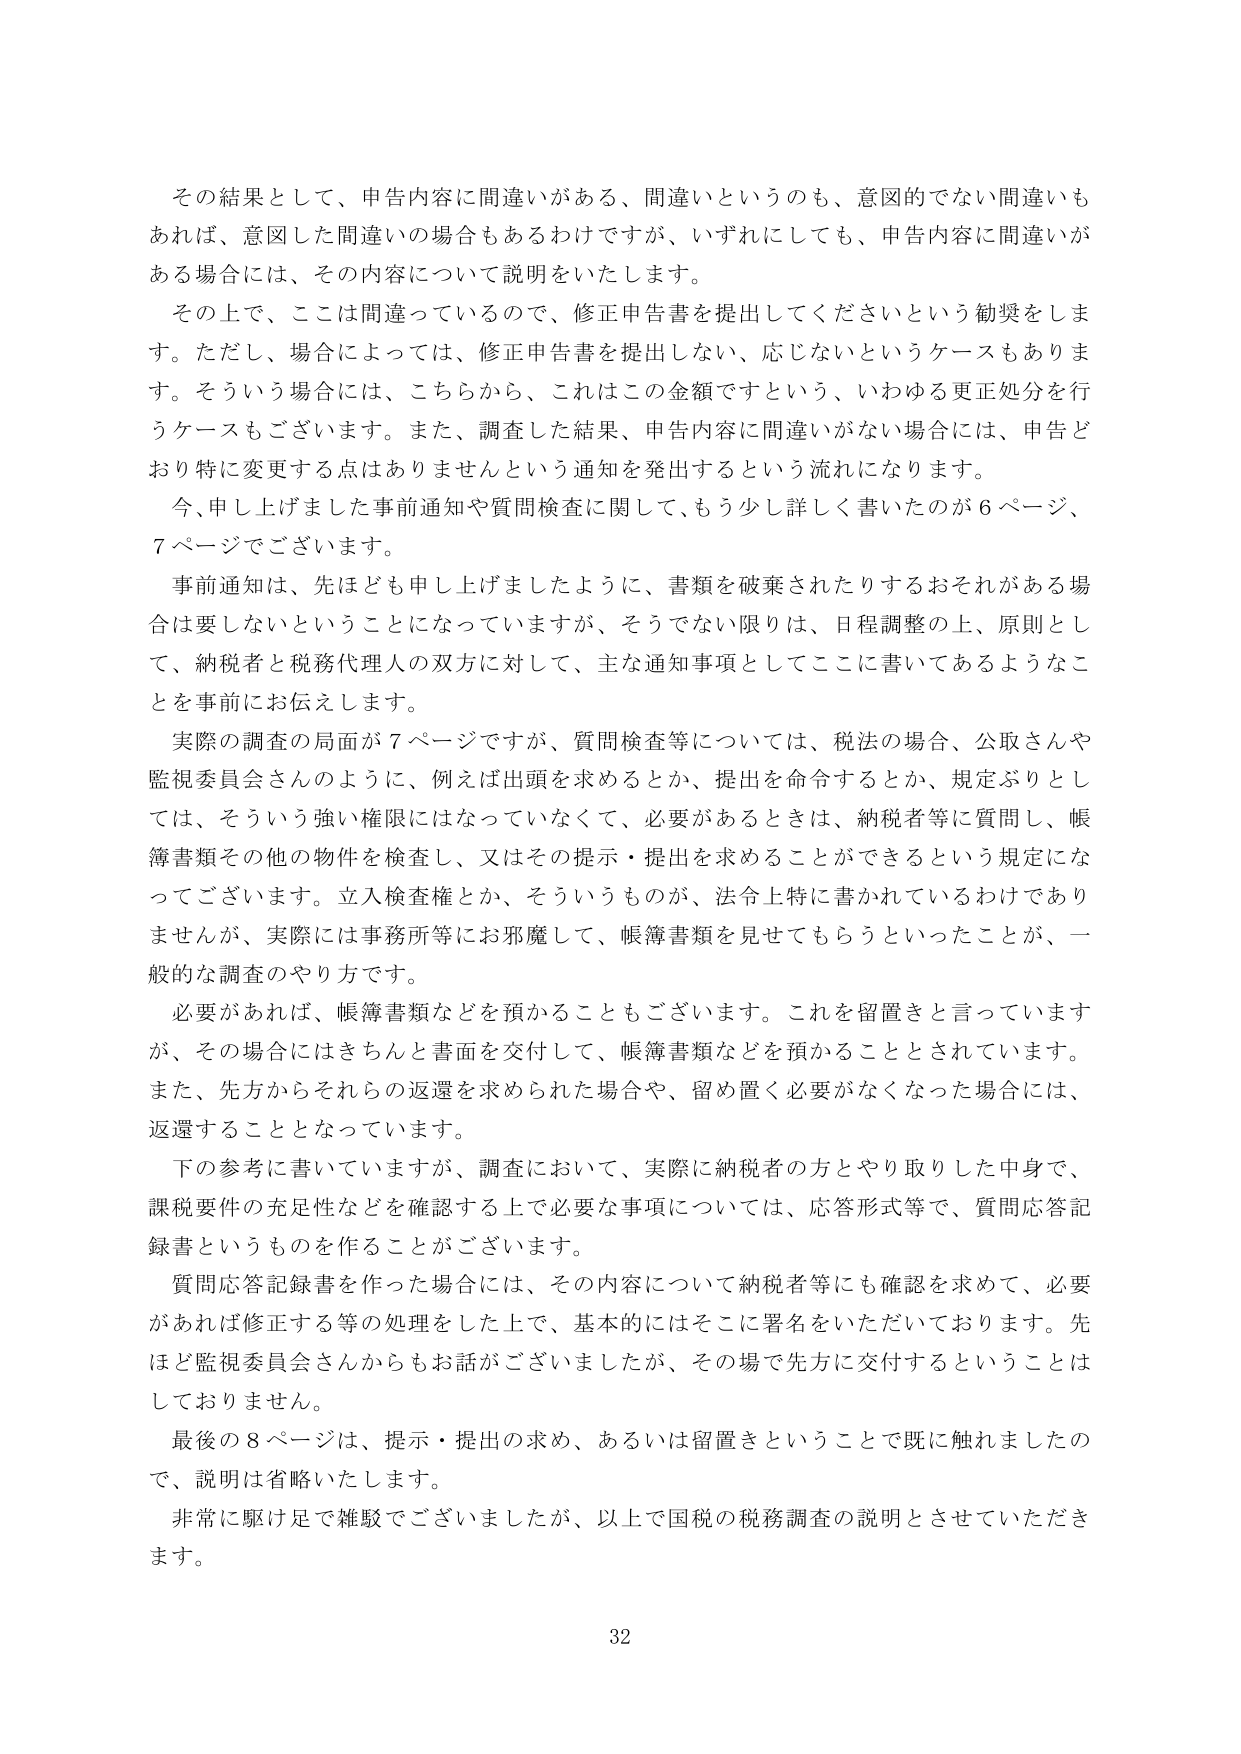
その結果として、申告内容に間違いがある、間違いというのも、意図的でない間違いもあれば、意図した間違いの場合もあるわけですが、いずれにしても、申告内容に間違いがある場合には、その内容について説明をいたします。

その上で、ここは間違っているので、修正申告書を提出してくださいという勧奨をします。ただし、場合によっては、修正申告書を提出しない、応じないというケースもあります。そういう場合には、こちらから、これはこの金額ですという、いわゆる更正処分を行うケースもございます。また、調査した結果、申告内容に間違いがない場合には、申告どおり特に変更する点はありませんという通知を発出するという流れになります。

今、申し上げました事前通知や質問検査に関して、もう少し詳しく書いたのが6ページ、7ページでございます。

事前通知は、先ほども申し上げましたように、書類を破棄されたりするおそれがある場合は要しないということになっていますが、そうでない限りは、日程調整の上、原則として、納税者と税務代理人の双方に対して、主な通知事項としてここに書いてあるようなことを事前にお伝えします。

実際の調査の局面が7ページですが、質問検査等については、税法の場合、公取さんや監視委員会さんのように、例えば出頭を求めるとか、提出を命令するとか、規定ぶりとしては、そういう強い権限にはなっていなくて、必要があるときは、納税者等に質問し、帳簿書類その他の物件を検査し、又はその提示・提出を求めることができるという規定になってございます。立入検査権とか、そういうものが、法令上特に書かれているわけではありませんが、実際には事務所等にお邪魔して、帳簿書類を見せてもらうといったことが、一般的な調査のやり方です。

必要があれば、帳簿書類などを預かることもございます。これを留置きと言っていますが、その場合にはきちんと書面を交付して、帳簿書類などを預かることとされています。また、先方からそれらの返還を求められた場合や、留め置く必要がなくなった場合には、返還することとなっています。

下の参考に書いていますが、調査において、実際に納税者の方とやり取りした中身で、課税要件の充足性などを確認する上で必要な事項については、応答形式等で、質問応答記録書というものを作ることがございます。

質問応答記録書を作った場合には、その内容について納税者等にも確認を求めて、必要があれば修正する等の処理をした上で、基本的にはそこに署名をいただいております。先ほど監視委員会さんからもお話がございましたが、その場で先方に交付するということはしておりません。

最後の8ページは、提示・提出の求め、あるいは留置きということで既に触れたので、説明は省略いたします。

非常に駆け足で雑駁でございましたが、以上で国税の税務調査の説明とさせていただきます。

32